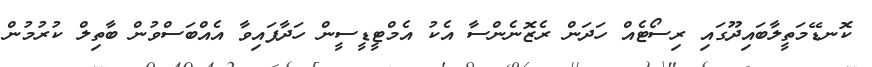
ކޮނޑޭމަތީލާބައިދޫގައި ރިސޯޓެއް ހަދަން ރެޒޮނެންސާ އެކު އެމްޓީޑީސީން ހަދާފައިވާ އެއްބަސްވުން ބާތިލް ކުރުމުން